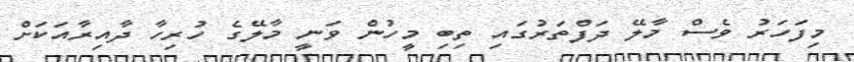
މިފަހަރު ވެސް މާލޭ ދަފްތަރުގައި ތިބި މީހުން ވަނީ މާލޭގެ ހުރިހާ ދާއިރާއަކަށް